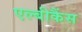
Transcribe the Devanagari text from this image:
एल्‍बीकैंस